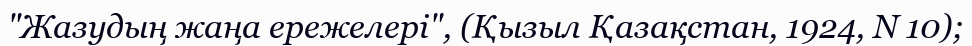
"Жазудың жаңа ережелері", (Қызыл Қазақстан, 1924, N 10);